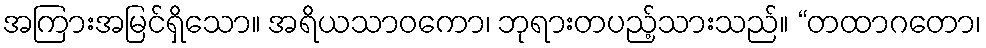
အကြားအမြင်ရှိသော။ အရိယသာဝကော၊ ဘုရားတပည့်သားသည်။ “တထာဂတော၊